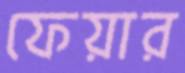
ফেয়ার